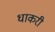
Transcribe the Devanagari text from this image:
धाकरी